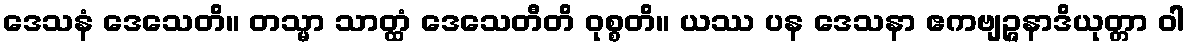
ဒေသနံ ဒေသေတိ။ တသ္မာ သာတ္ထံ ဒေသေတီတိ ဝုစ္စတိ။ ယဿ ပန ဒေသနာ ဧကဗျဉ္ဇနာဒိယုတ္တာ ဝါ